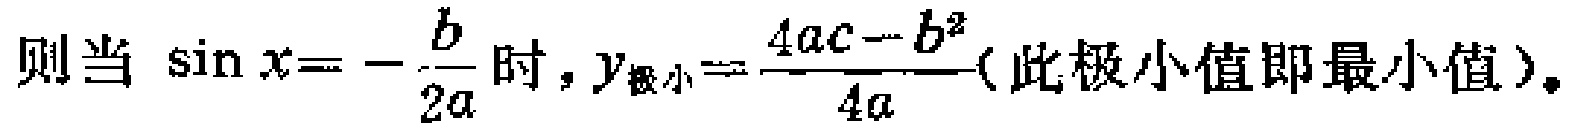
则当 $\sin x = -\frac{b}{2a}$ 时，$y_{极小}=\frac{4ac - b^{2}}{4a}$(此极小值即最小值)。